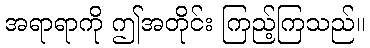
အရာရာကို ဤအတိုင်း ကြည့်ကြသည်။